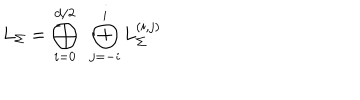
LaTeX: L _ { \Sigma } = \bigoplus _ { i = 0 } ^ { d / 2 } ~ \bigoplus _ { j = - i } ^ { i } L _ { \Sigma } ^ { ( i , j ) }